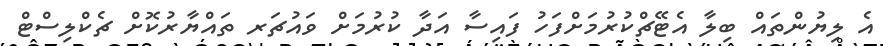
އެ ލިޔުންތައް ބިލާ އެޓޭޗްކުރުމަށްފަހު ފައިސާ އަދާ ކުރުމަށް ވައުޗަރ ތައްޔާރުކޮށް ޗެކްލިސްޓް